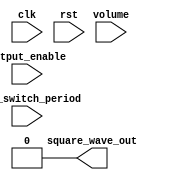
`timescale 1ns/1ns
module tone_generator (
    input clk,
    input rst,
    input output_enable,
    input [23:0] tone_switch_period,
    input volume,
    output square_wave_out
);
    // TODO: copy your solution from lab3 here
    assign square_wave_out = 1'b0;
endmodule